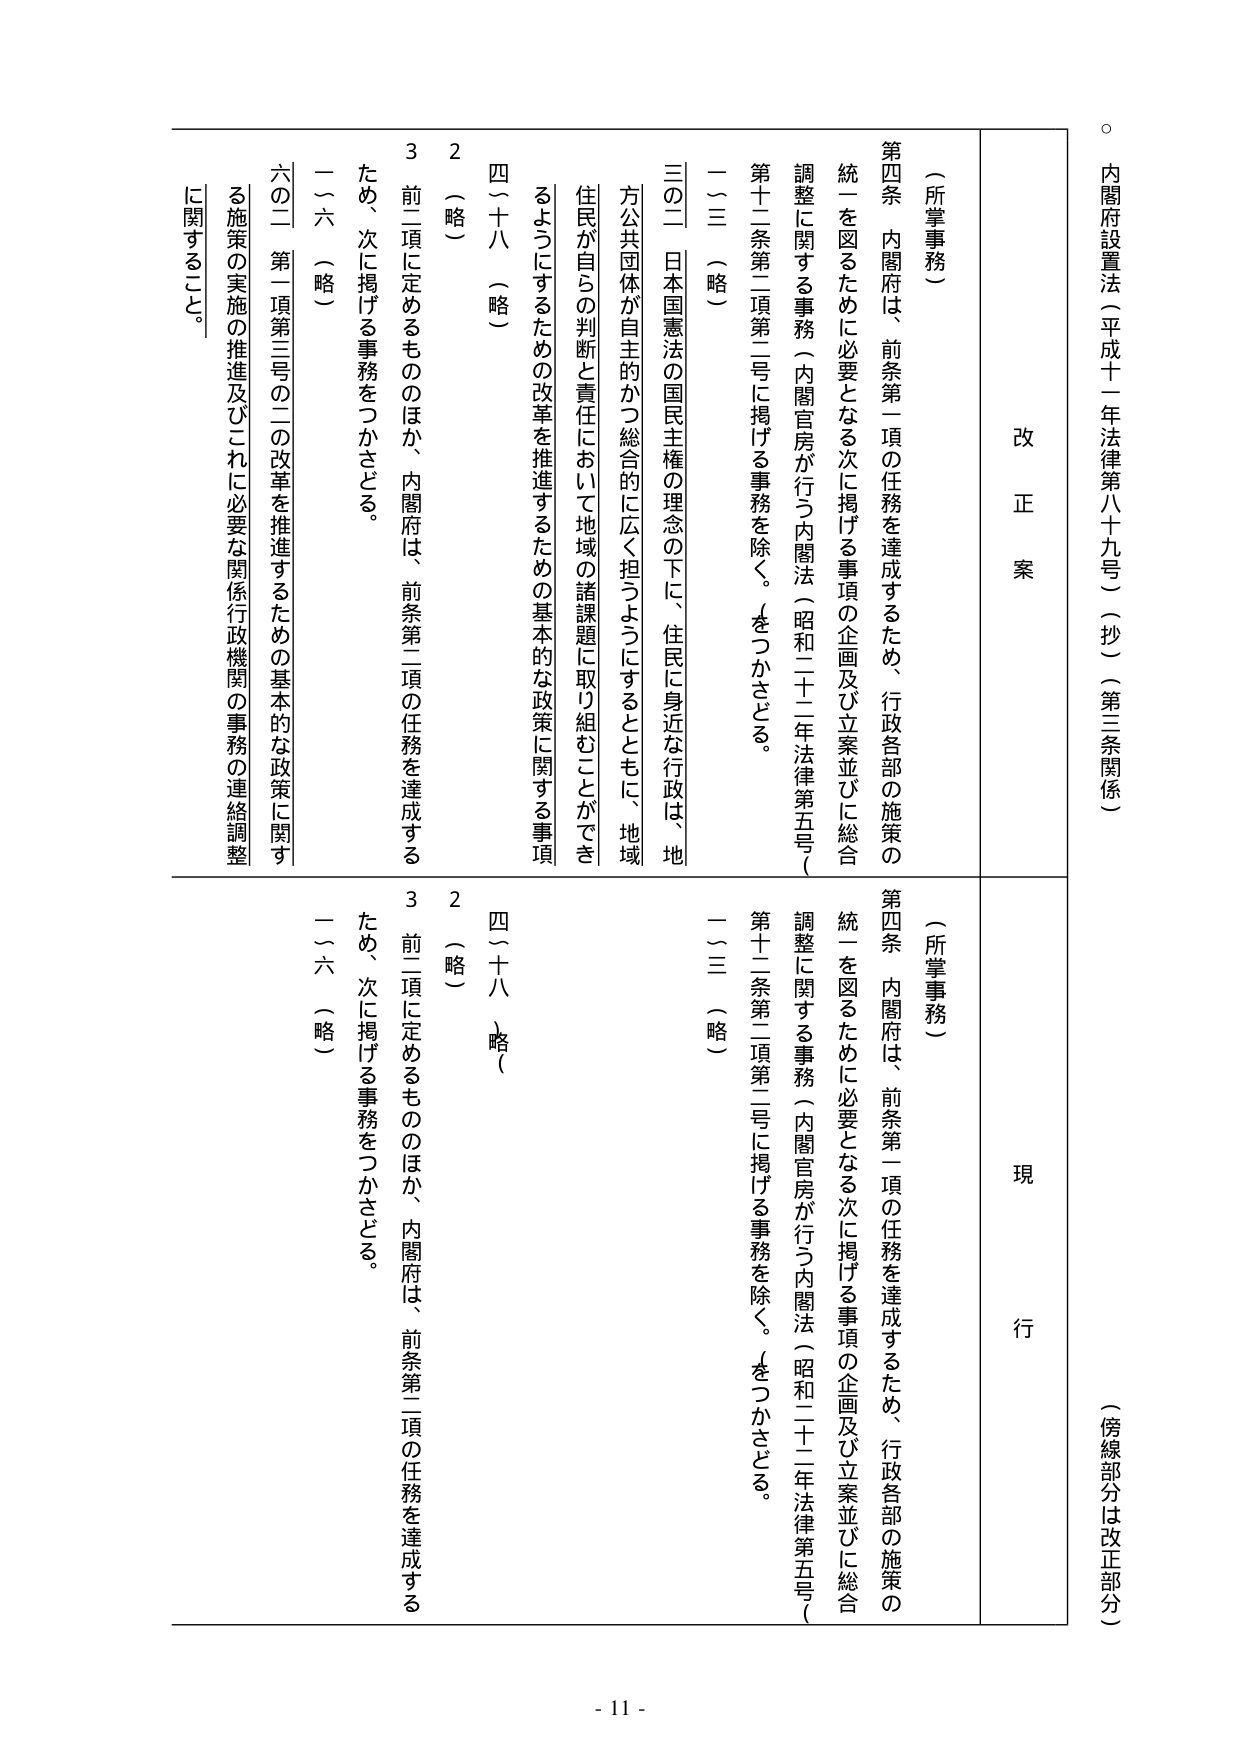
内閣府設置法（平成十一年法律第八十九号）（抄）（第三条関係）

（傍線部分は改正部分）

改正案

（所掌事務）

第四条　内閣府は、前条第一項の任務を達成するため、行政各部の施策の統一を図るために必要となる次に掲げる事項の企画及び立案並びに総合調整に関する事務（内閣官房が行う内閣法（昭和二十一年法律第五号）第十二条第二項第二号に掲げる事務を除く。）をつかさどる。

一～三　（略）

三の二　日本国憲法の国民主権の理念の下に、住民に身近な行政は、地方公共団体が自主的かつ総合的に広く担うようにするとともに、地域住民が自らの判断と責任において地域の諸課題に取り組むことができるようにするための改革を推進するための基本的な政策に関する事項

四～十八　（略）

2　（略）

3　前二項に定めるもののほか、内閣府は、前条第二項の任務を達成するため、次に掲げる事務をつかさどる。

一～六　（略）

六の二　第一項第三号の二の改革を推進するための基本的な政策に関する施策の実施の推進及びこれに必要な関係行政機関の事務の連絡調整に関すること。

現行

（所掌事務）

第四条　内閣府は、前条第一項の任務を達成するため、行政各部の施策の統一を図るために必要となる次に掲げる事項の企画及び立案並びに総合調整に関する事務（内閣官房が行う内閣法（昭和二十一年法律第五号）第十二条第二項第二号に掲げる事務を除く。）をつかさどる。

一～三　（略）

四～十八　（略）

2　（略）

3　前二項に定めるもののほか、内閣府は、前条第二項の任務を達成するため、次に掲げる事務をつかさどる。

一～六　（略）

- 11 -